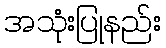
အသုံးပြုနည်း